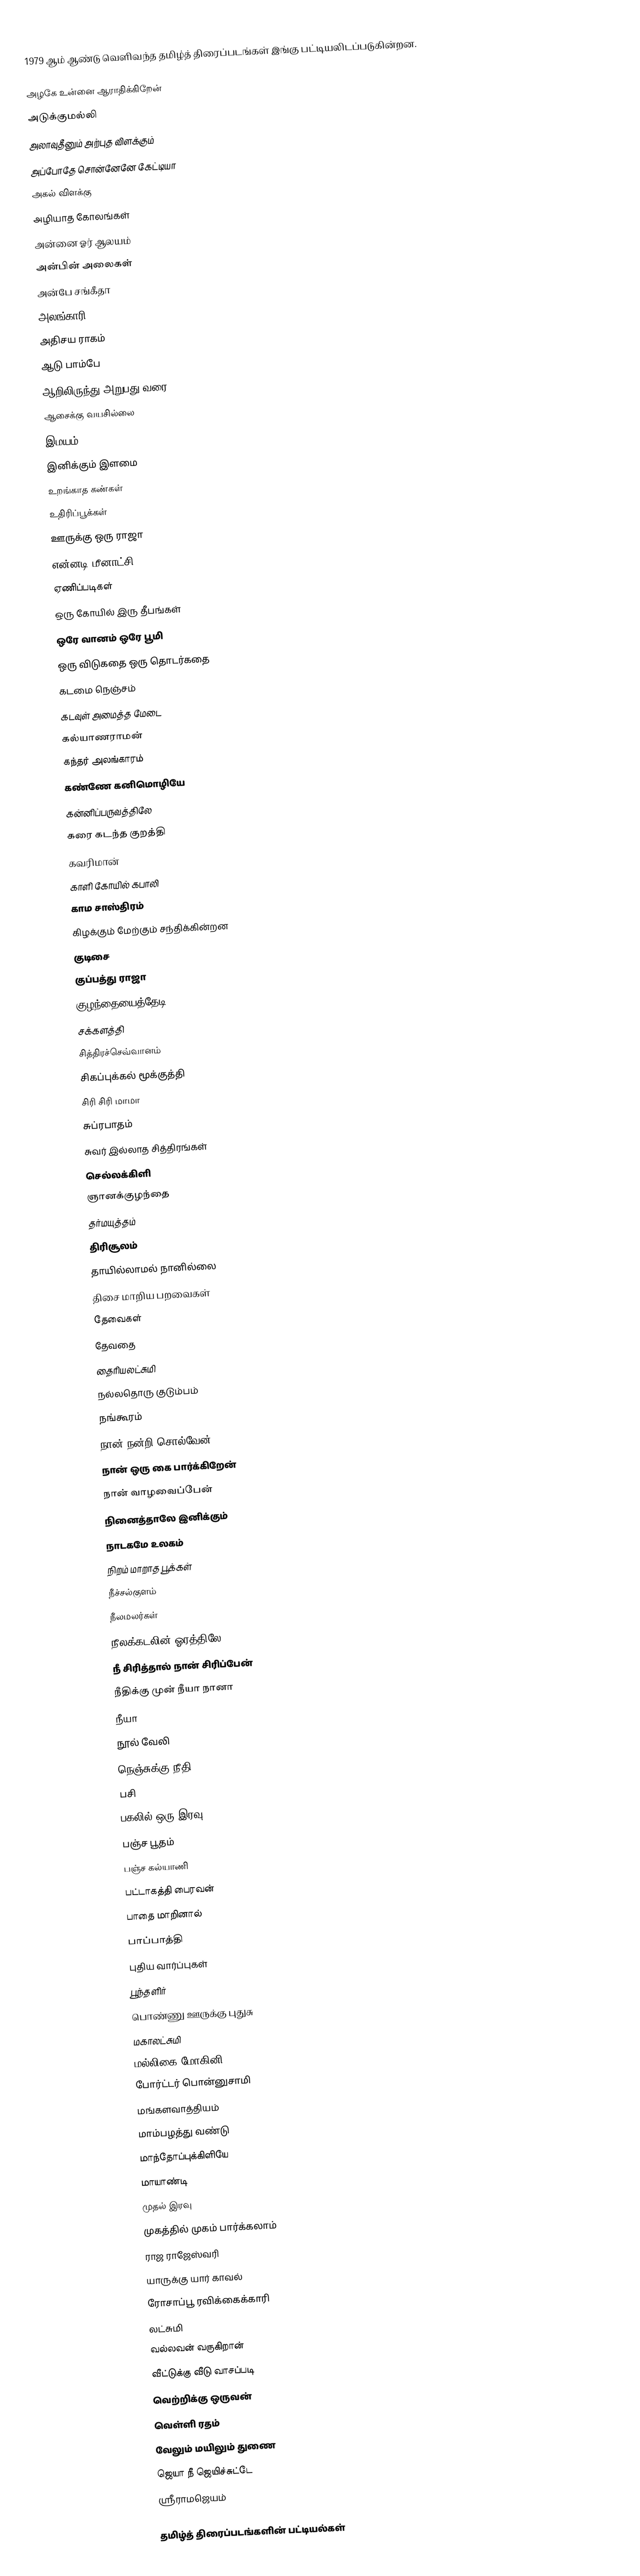
1979 ஆம் ஆண்டு வெளிவந்த தமிழ்த் திரைப்படங்கள் இங்கு பட்டியலிடப்படுகின்றன.

அழகே உன்னை ஆராதிக்கிறேன்
அடுக்குமல்லி
அலாவுதீனும் அற்புத விளக்கும்
அப்போதே சொன்னேனே கேட்டியா
அகல் விளக்கு
அழியாத கோலங்கள்
அன்னை ஓர் ஆலயம்
அன்பின் அலைகள்
அன்பே சங்கீதா
அலங்காரி
அதிசய ராகம்
ஆடு பாம்பே
ஆறிலிருந்து அறுபது வரை
ஆசைக்கு வயசில்லை
இமயம்
இனிக்கும் இளமை
உறங்காத கண்கள்
உதிரிப்பூக்கள்
ஊருக்கு ஒரு ராஜா
என்னடி மீனாட்சி
ஏணிப்படிகள்
ஒரு கோயில் இரு தீபங்கள்
ஒரே வானம் ஒரே பூமி
ஒரு விடுகதை ஒரு தொடர்கதை
கடமை நெஞ்சம்
கடவுள் அமைத்த மேடை
கல்யாணராமன்
கந்தர் அலங்காரம்
கண்ணே கனிமொழியே
கன்னிப்பருவத்திலே
கரை கடந்த குறத்தி
கவரிமான்
காளி கோயில் கபாலி
காம சாஸ்திரம்
கிழக்கும் மேற்கும் சந்திக்கின்றன
குடிசை
குப்பத்து ராஜா
குழந்தையைத்தேடி
சக்களத்தி
சித்திரச்செவ்வானம்
சிகப்புக்கல் மூக்குத்தி
சிரி சிரி மாமா
சுப்ரபாதம்
சுவர் இல்லாத சித்திரங்கள்
செல்லக்கிளி
ஞானக்குழந்தை
தர்மயுத்தம்
திரிசூலம்
தாயில்லாமல் நானில்லை
திசை மாறிய பறவைகள்
தேவைகள்
தேவதை
தைரியலட்சுமி
நல்லதொரு குடும்பம்
நங்கூரம்
நான் நன்றி சொல்வேன்
நான் ஒரு கை பார்க்கிறேன்
நான் வாழவைப்பேன்
நினைத்தாலே இனிக்கும்
நாடகமே உலகம்
நிறம் மாறாத பூக்கள்
நீச்சல்குளம்
நீலமலர்கள்
நீலக்கடலின் ஓரத்திலே
நீ சிரித்தால் நான் சிரிப்பேன்
நீதிக்கு முன் நீயா நானா
நீயா
நூல் வேலி
நெஞ்சுக்கு நீதி
பசி
பகலில் ஒரு இரவு
பஞ்ச பூதம்
பஞ்ச கல்யாணி
பட்டாகத்தி பைரவன்
பாதை மாறினால்
பாப்பாத்தி
புதிய வார்ப்புகள்
பூந்தளிர்
பொண்ணு ஊருக்கு புதுசு
மகாலட்சுமி
மல்லிகை மோகினி
போர்ட்டர் பொன்னுசாமி
மங்களவாத்தியம்
மாம்பழத்து வண்டு
மாந்தோப்புக்கிளியே
மாயாண்டி
முதல் இரவு
முகத்தில் முகம் பார்க்கலாம்
ராஜ ராஜேஸ்வரி
யாருக்கு யார் காவல்
ரோசாப்பூ ரவிக்கைக்காரி
லட்சுமி
வல்லவன் வருகிறான்
வீட்டுக்கு வீடு வாசப்படி
வெற்றிக்கு ஒருவன்
வெள்ளி ரதம்
வேலும் மயிலும் துணை
ஜெயா நீ ஜெயிச்சுட்டே
ஸ்ரீராமஜெயம்

தமிழ்த் திரைப்படங்களின் பட்டியல்கள்